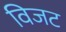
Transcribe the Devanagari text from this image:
विजट